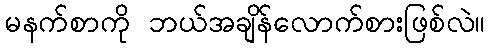
မနက်စာကို ဘယ်အချိန်လောက်စားဖြစ်လဲ။